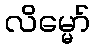
လိမ္မော်